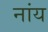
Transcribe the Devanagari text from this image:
नांय